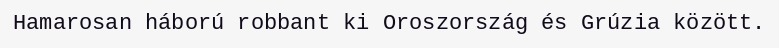
Hamarosan háború robbant ki Oroszország és Grúzia között.